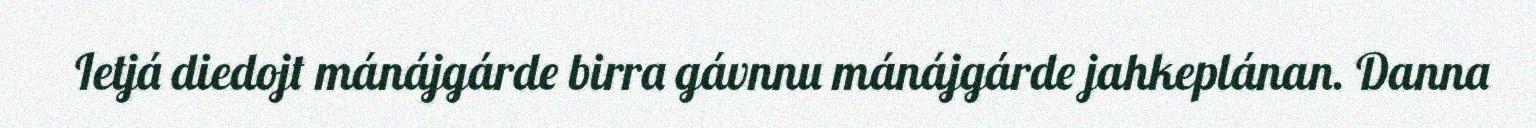
Ietjá diedojt mánájgárde birra gávnnu mánájgárde jahkeplánan. Danna